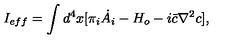
I _ { e f f } = \int d ^ { 4 } x [ \pi _ { i } \dot { A _ { i } } - H _ { o } - i \bar { c } \nabla ^ { 2 } c ] ,